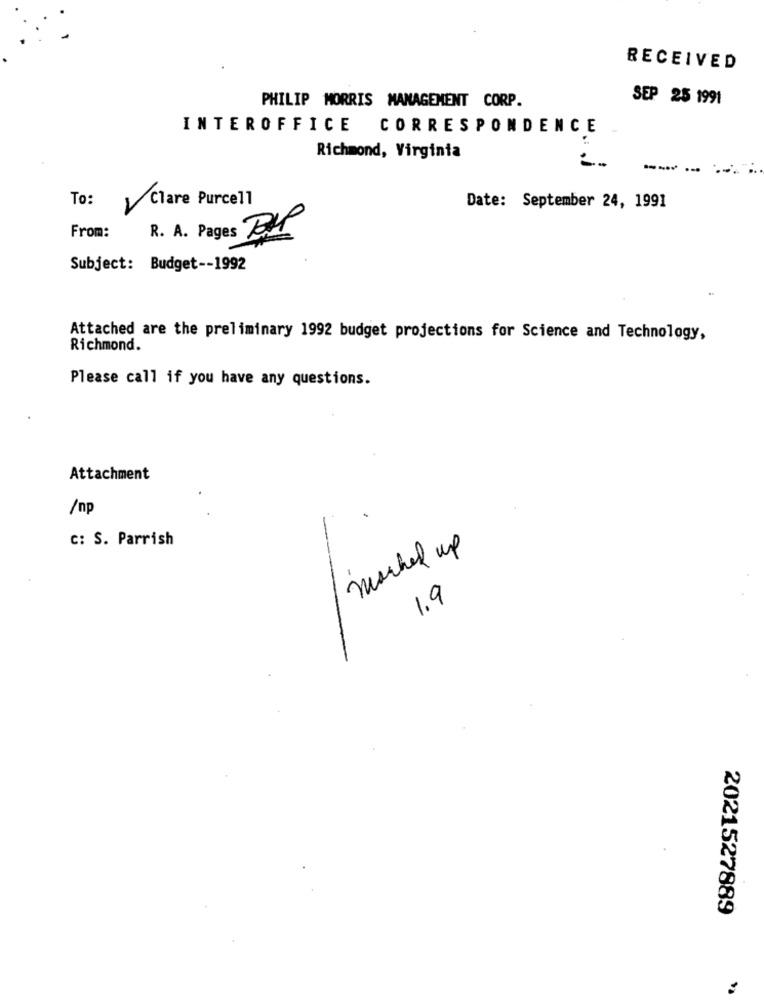
RECEIVED
SEP 25 1991
PHILIP MORRIS MANAGEMENT CORP.
INTEROFFICE CORRESPONDENCE
Richmond, Virginia
--
To:
Clare Purcell
Date: September 24, 1991
R. A. Pages BIR
From:
Subject: Budget -- 1992
Attached are the preliminary 1992 budget projections for Science and Technology,
Richmond.
Please call if you have any questions.
Attachment
/np
C: S. Parrish
marked up
1.9
2021527889